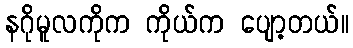
နဂိုမူလကိုက ကိုယ်က ပျော့တယ်။